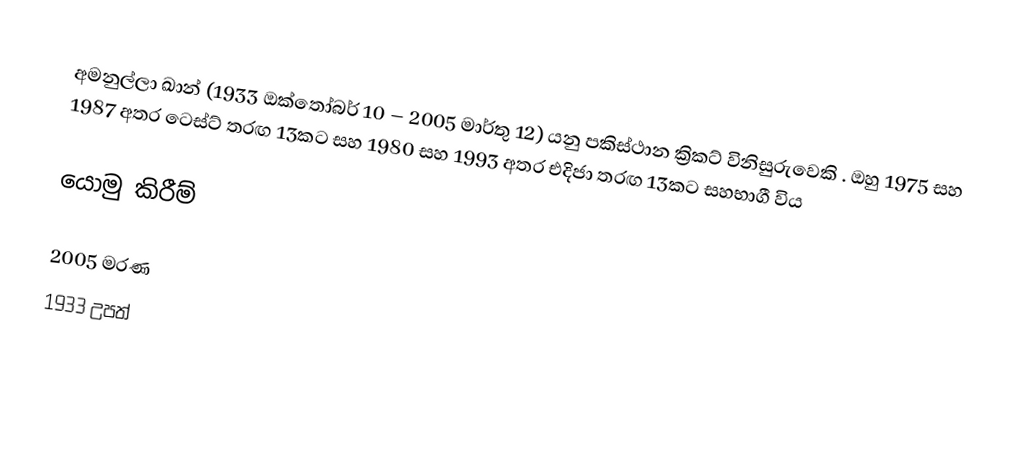
අමනුල්ලා ඛාන් (1933 ඔක්තෝබර් 10 – 2005 මාර්තු 12) යනු පකිස්ථාන ක්‍රිකට් විනිසුරුවෙකි . ඔහු 1975 සහ 1987 අතර ටෙස්ට් තරඟ 13කට සහ 1980 සහ 1993 අතර එදිජා තරඟ 13කට සහභාගී විය

යොමු කිරීම්

2005 මරණ
1933 උපත්